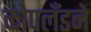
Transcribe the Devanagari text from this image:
कोपलँडने